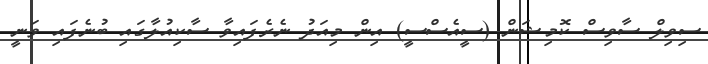
ސިވިލް ސާވިސް ކޮމިޝަން (ސީއެސްސީ) އިން މިއަދު ނެރެފައިވާ ސާކިއުލާގައި ބުނެފައި ވަނީ